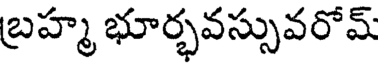
బ్రహ్మ భూర్భవస్సువరోమ్